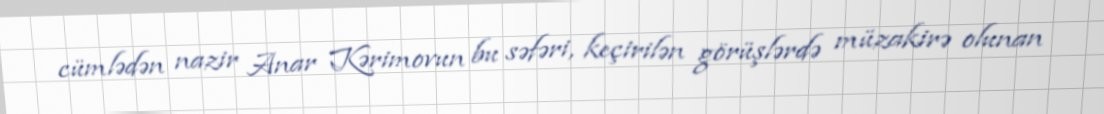
cümlədən nazir Anar Kərimovun bu səfəri, keçirilən görüşlərdə müzakirə olunan